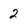
Character: 2